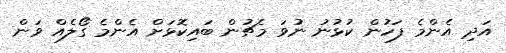
އަދި އެންމެ ފަހުން ކުޅުނު ނުވަ މެޗުން ބައިކޮޅަށް އެންމެ ގޯލެއް ވަން